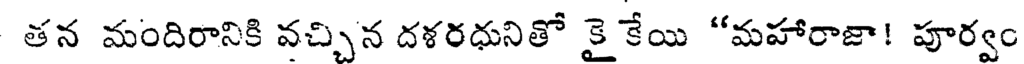
తన మందిరానికి వచ్చిన దళరధునితో కై కేయి "మహారాజా! పూర్వం